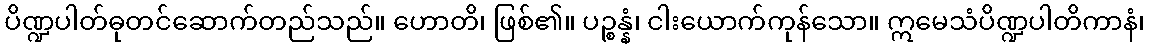
ပိဏ္ဍပါတ်ဓုတင်ဆောက်တည်သည်။ ဟောတိ၊ ဖြစ်၏။ ပဉ္စန္နံ၊ ငါးယောက်ကုန်သော။ ဣမေသံပိဏ္ဍပါတိကာနံ၊